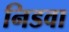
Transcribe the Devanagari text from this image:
निडवा